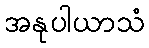
အနုပါယာသံ